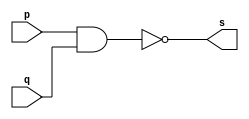
// Extra 11
// Nome : Julio Mirnada Machado


// and gate

module andgate (output [0:7]s, input [0:7]p, input [0:7]q); 
	assign s = ( ~(p&q)) ; 
endmodule // andgate

// Test and gate 

module testandgate;
reg [0:7]a , b;
wire [0:7]s;

andgate AND1(s,a,b);
	
	initial begin:start
		a=8'b00000000; b=8'b00000000;
end
	initial begin
		$display("Extra11 Julio Machado - 435666");
		$display("Test AND gate");
		
		$monitor("%b & %b = %b", a, b, s);	

	end
endmodule // testandgate